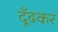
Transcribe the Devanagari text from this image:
दूँढकर